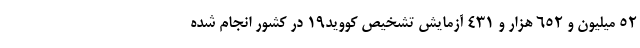
۵۲ میلیون و ۶۵۲ هزار و ۴۳۱ آزمایش تشخیص کووید۱۹ در کشور انجام شده